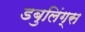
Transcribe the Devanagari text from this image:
डबुलिंग्स